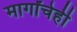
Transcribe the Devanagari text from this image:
मार्गांचेही